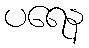
ပရေန